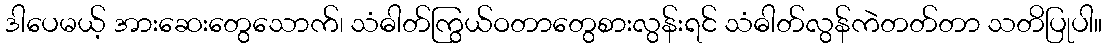
ဒါပေမယ့် အားဆေးတွေသောက်၊ သံဓါတ်ကြွယ်ဝတာတွေစားလွန်းရင် သံဓါတ်လွန်ကဲတတ်တာ သတိပြုပါ။